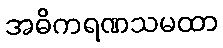
အဓိကရဏသမထာ